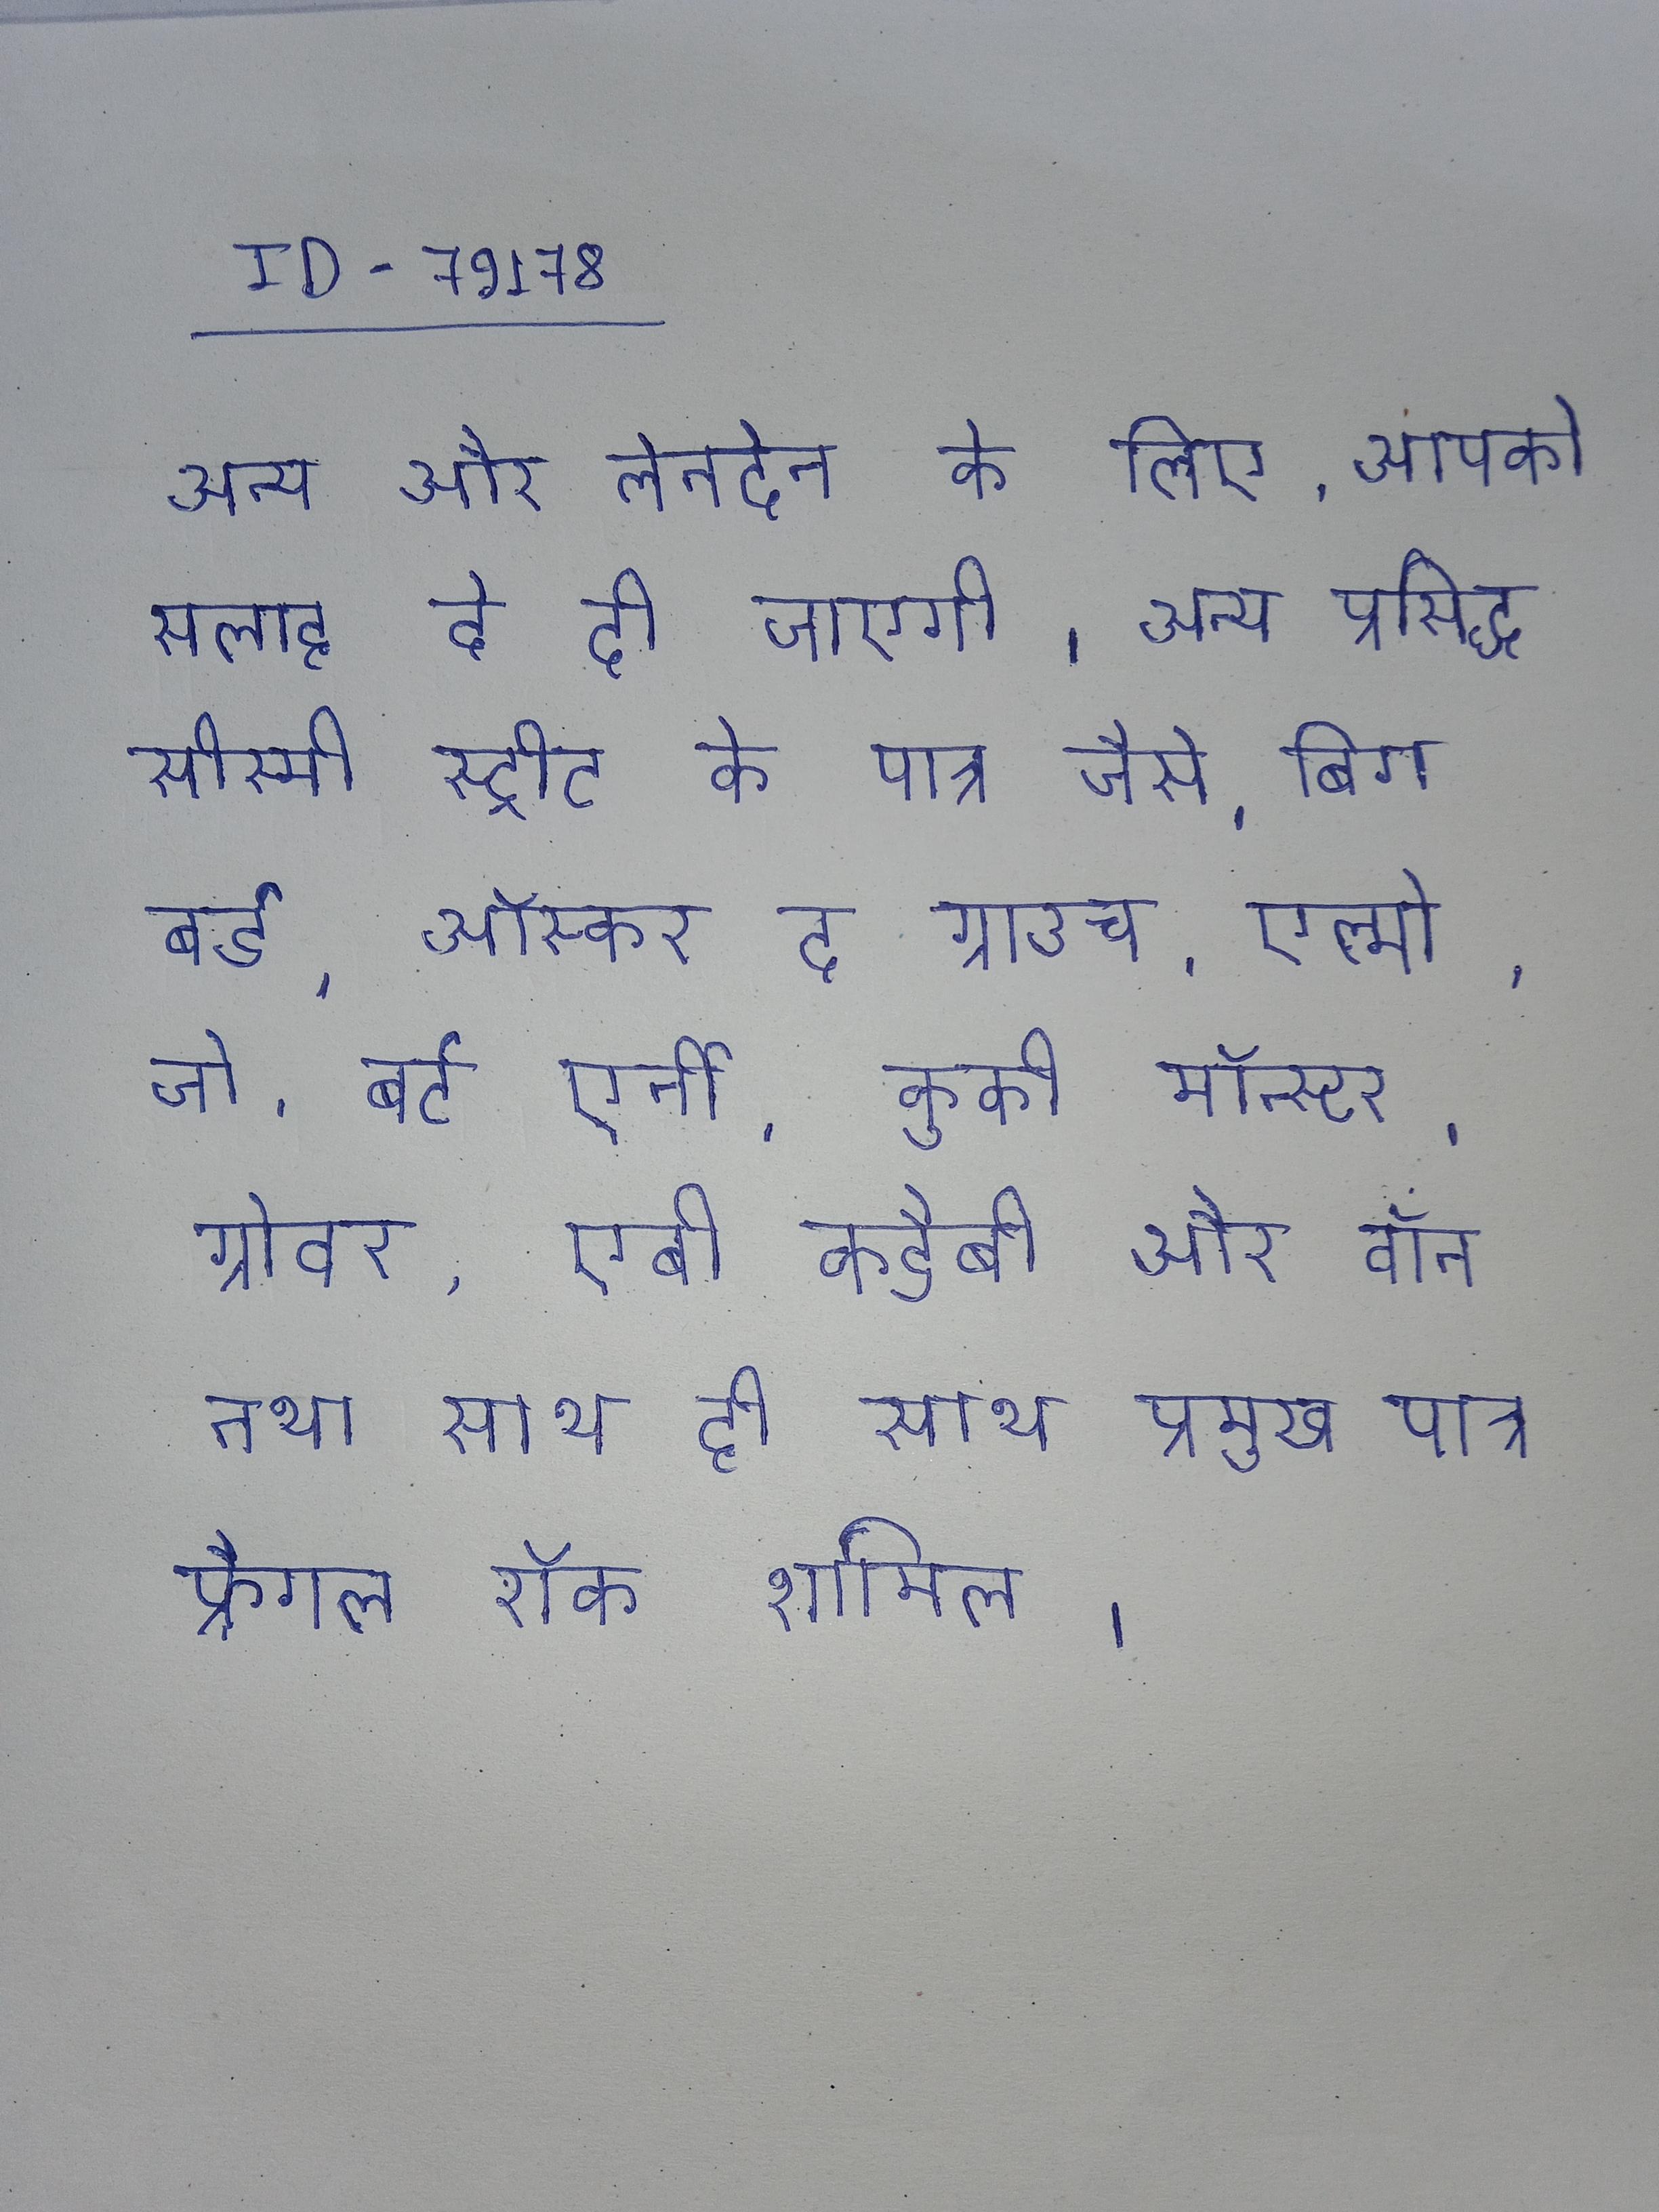
अन्य और लेनदेन के लिए, आपको सलाह दे दी जाएगी । अन्य प्रसिद्ध सीस्मी स्ट्रीट के पात्र जैसे, बिग बर्ड, ऑस्कर द ग्राउच, एल्मो, जो, बर्ट एर्नी, कुकी मॉन्स्टर, ग्रोवर, एबी कडैबी और वॉन तथा साथ ही साथ प्रमुख पात्र फ्रैगल रॉक शामिल ।